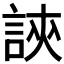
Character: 𧧵